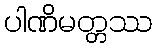
ပါဏိမတ္တဿ